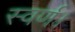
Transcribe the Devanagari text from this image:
स्वर्ण।